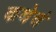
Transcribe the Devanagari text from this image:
कथेचं